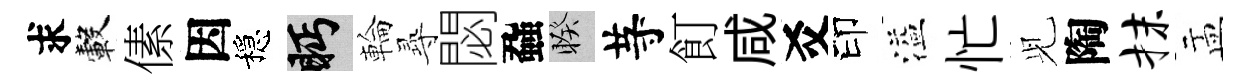
求轂傃因穩眄輪𡬶閟蝨睽䒭飣咸爻印溢忙𫤗陶抹盂